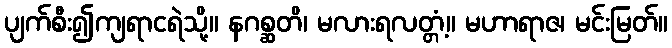
ပျက်စီး၍ကျရာငရဲသို့။ နဂစ္ဆတိ၊ မလားရလတ္တံ့။ မဟာရာဇ၊ မင်းမြတ်။